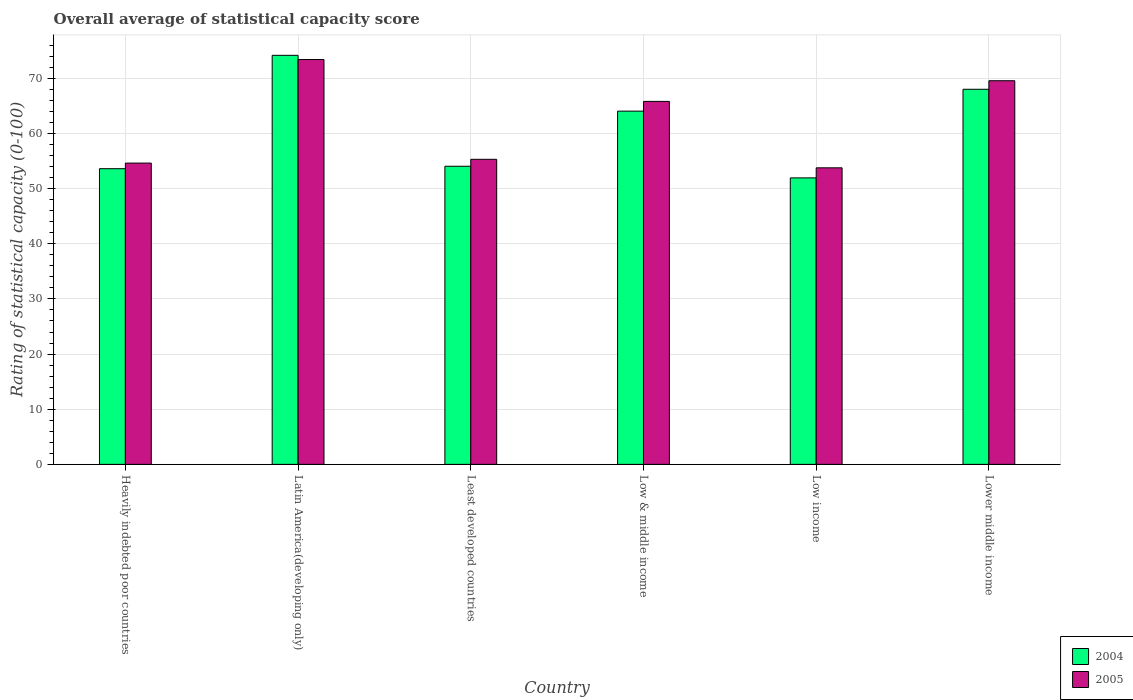
| Country | 2004 | 2005 |
 | --- | --- | --- |
 | Heavily indebted poor countries | 53.6 | 54.6 |
 | Latin America(developing only) | 74.2 | 73.4 |
 | Least developed countries | 54.1 | 55.3 |
 | Low & middle income | 64 | 65.8 |
 | Low income | 51.9 | 53.8 |
 | Lower middle income | 68 | 69.6 |